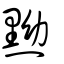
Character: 黝